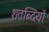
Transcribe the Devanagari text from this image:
शतब्दियों